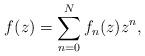
LaTeX: \begin{align*}f(z)=\sum_{n=0}^Nf_n(z)z^n,\end{align*}